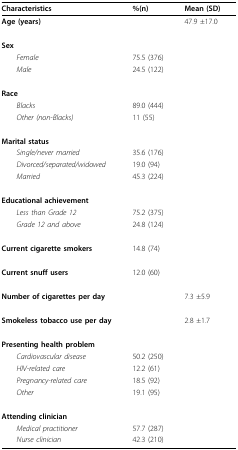
<table><thead><tr><td><b>Characteristics</b></td><td><b>%(n)</b></td><td><b>Mean (SD)</b></td></tr></thead><tbody><tr><td><b>Age (years)</b></td><td></td><td>47.9 ±17.0</td></tr><tr><td><b>Sex</b></td><td></td><td></td></tr><tr><td> <i>Female</i></td><td>75.5 (376)</td><td></td></tr><tr><td> <i>Male</i></td><td>24.5 (122)</td><td></td></tr><tr><td><b>Race</b></td><td></td><td></td></tr><tr><td> <i>Blacks</i></td><td>89.0 (444)</td><td></td></tr><tr><td> <i>Other (non-Blacks)</i></td><td>11 (55)</td><td></td></tr><tr><td><b>Marital status</b></td><td></td><td></td></tr><tr><td> <i>Single/never married</i></td><td>35.6 (176)</td><td></td></tr><tr><td> <i>Divorced/separated/widowed</i></td><td>19.0 (94)</td><td></td></tr><tr><td> <i>Married</i></td><td>45.3 (224)</td><td></td></tr><tr><td><b>Educational achievement</b></td><td></td><td></td></tr><tr><td> <i>Less than Grade 12</i></td><td>75.2 (375)</td><td></td></tr><tr><td> <i>Grade 12 and above</i></td><td>24.8 (124)</td><td></td></tr><tr><td><b>Current cigarette smokers</b></td><td>14.8 (74)</td><td></td></tr><tr><td><b>Current snuff users</b></td><td>12.0 (60)</td><td></td></tr><tr><td><b>Number of cigarettes per day</b></td><td></td><td>7.3 ±5.9</td></tr><tr><td><b>Smokeless tobacco use per day</b></td><td></td><td>2.8 ±1.7</td></tr><tr><td><b>Presenting health problem</b></td><td></td><td></td></tr><tr><td> <i>Cardiovascular disease</i></td><td>50.2 (250)</td><td></td></tr><tr><td> <i>HIV-related care</i></td><td>12.2 (61)</td><td></td></tr><tr><td> <i>Pregnancy-related care</i></td><td>18.5 (92)</td><td></td></tr><tr><td> <i>Other</i></td><td>19.1 (95)</td><td></td></tr><tr><td><b>Attending clinician</b></td><td></td><td></td></tr><tr><td> <i>Medical practitioner</i></td><td>57.7 (287)</td><td></td></tr><tr><td> <i>Nurse clinician</i></td><td>42.3 (210)</td><td></td></tr></tbody></table>